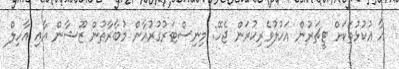
އާ އުކުޅުތަކަށް ޓީޗަރުން އަހުލުވެރިކުރަން ޖެހޭ: މިނިސްޓަރުގުރުއާން މުބާރާތުން ޒޫޝާން އާއި އާހިލް